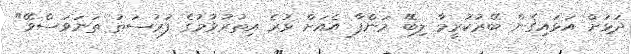
ދަޅަށް އަޅައިގެން ބޭރުކުރީމާ ލިބޭ މަންފާ އެއަށް ވުރެ އިތުރުވުމުގެ ފުރުސަތު ތަނަވަސްވޭ"